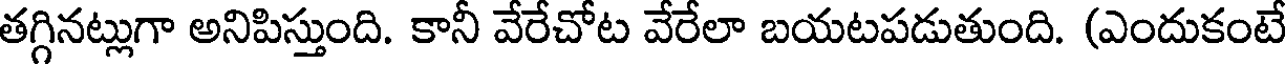
తగ్గినట్లుగా అనిపిస్తుంది. కానీ వేరేచోట వేరేలా బయటపడుతుంది. (ఎందుకంటే